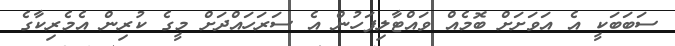
ސަބަބަކީ އެ އަވަށަށް ބޮމެއް ވައްޓާލިފަހުން އެ ސަރަހައްދަަށް މީގެ ކުރިން އެމެރިކާގެ